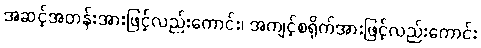
အဆင့်အတန်းအားဖြင့်လည်းကောင်း၊ အကျင့်စရိုက်အားဖြင့်လည်းကောင်း